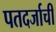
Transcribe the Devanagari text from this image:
पतदर्जाची